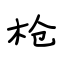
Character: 枪